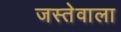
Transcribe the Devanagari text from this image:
जस्तेवाला